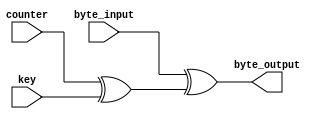
`timescale 1ns / 1ps
//////////////////////////////////////////////////////////////////////////////////
// Company: 
// Engineer: 
// 
// Design Name: 
// Module Name: byte_encrypter
// Project Name: 
// Target Devices: 
// Tool Versions: 
// Description: 
// 
// Dependencies: 
// 
// Revision:
// Revision 0.01 - File Created
// Additional Comments:
// 
//////////////////////////////////////////////////////////////////////////////////


module byte_encrypter(
    input [7:0] byte_input,
    input [7:0] key,
    input [7:0] counter,
    output [7:0] byte_output
    );
    
    assign byte_output = byte_input^(counter^key);
    
endmodule